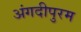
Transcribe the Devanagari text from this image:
अंगदीपुरम